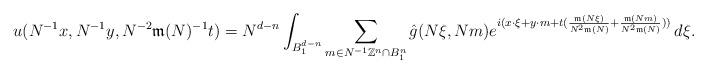
LaTeX: \begin{align*}u(N^{-1}x,N^{-1}y,N^{-2}\mathfrak{m}(N)^{-1}t) = N^{d-n}\int_{B_1^{d-n}} \sum_{m\in N^{-1}\mathbb{Z}^n \cap B_1^{n}} \hat{g}(N\xi,Nm) e^{i(x\cdot \xi+y\cdot m+t(\frac{\mathfrak{m}(N\xi)}{N^2 \mathfrak{m}(N)}+\frac{\mathfrak{m}(Nm)}{N^2 \mathfrak{m}(N)}))} \, d\xi.\end{align*}